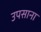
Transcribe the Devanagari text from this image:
उपसाना